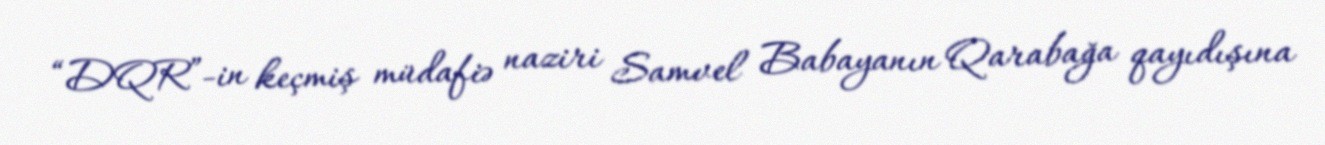
“DQR”-in keçmiş müdafiə naziri Samvel Babayanın Qarabağa qayıdışına